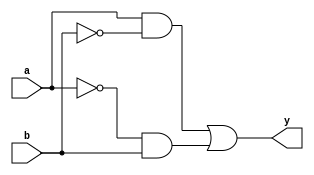
module xor_gate (
    input a,
    input b,
    output y
);

wire not_b;
wire and1;
wire and2;

assign not_b = ~b;
assign and1 = a & not_b;
assign and2 = ~a & b;
assign y = and1 | and2;

endmodule